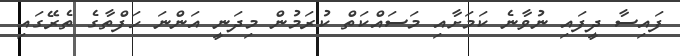
ފައިސާ ދީފައި ނުވާނެ ކަމަށާއި މަސައްކަތް ކުރަމުން މިދަނީ އަންނަ ހަފްތާގެ ތެރޭގައި